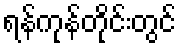
ရန်ကုန်တိုင်းတွင်